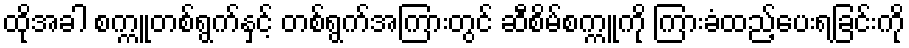
ထိုအခါ စက္ကူတစ်ရွက်နှင့် တစ်ရွက်အကြားတွင် ဆီစိမ်စက္ကူကို ကြားခံထည့်ပေးရခြင်းကို